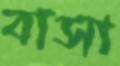
বাসা